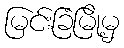
မြင်းခြံမြို့မှ